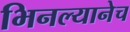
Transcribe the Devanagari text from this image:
भिनल्यानेच